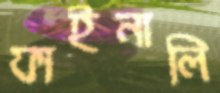
ফাইনালি